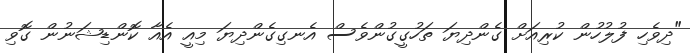
"ދިވެހި ފުލުހުން ކުރިއަށް ގެންދިޔަ ތަހުގީގުންވެސް އެނގިގެންދިޔަ މިއީ އެއާ ކޮންޑިޝަނުން ގޮވި